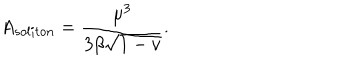
LaTeX: A _ { s o l i t o n } = \frac { \mu ^ { 3 } } { 3 \beta \sqrt { 1 - v } } .